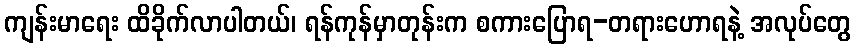
ကျန်းမာရေး ထိခိုက်လာပါတယ်၊ ရန်ကုန်မှာတုန်းက စကားပြောရ-တရားဟောရနဲ့ အလုပ်တွေ